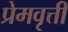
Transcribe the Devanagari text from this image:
प्रेमवृत्ती